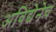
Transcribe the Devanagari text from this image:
अविद्येनेच